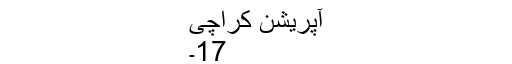
آپریشن کراچی
17۔